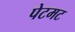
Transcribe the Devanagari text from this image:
पेटमट